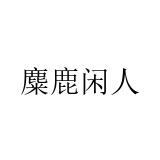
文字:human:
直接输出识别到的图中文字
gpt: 麋鹿闲人